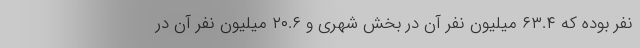
نفر بوده که ۶۳.۴ میلیون نفر آن در بخش شهری و ۲۰.۶ میلیون نفر آن در